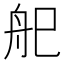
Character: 𱼶